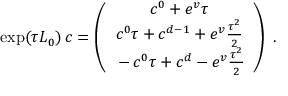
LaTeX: \exp ( \tau L _ { 0 } ) \, c = \left( \begin{array} { c } { { \strut c ^ { 0 } + e ^ { v } \tau } } \\ { { \strut c ^ { 0 } \tau + c ^ { d - 1 } + e ^ { v } { \frac { \tau ^ { 2 } } { 2 } } } } \\ { { \strut - c ^ { 0 } \tau + c ^ { d } - e ^ { v } { \frac { \tau ^ { 2 } } { 2 } } } } \end{array} \right) \ .